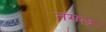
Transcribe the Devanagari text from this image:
तमल